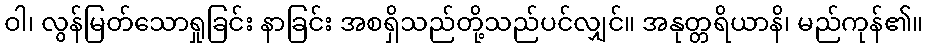
ဝါ၊ လွန်မြတ်သောရှုခြင်း နာခြင်း အစရှိသည်တို့သည်ပင်လျှင်။ အနုတ္တရိယာနိ၊ မည်ကုန်၏။